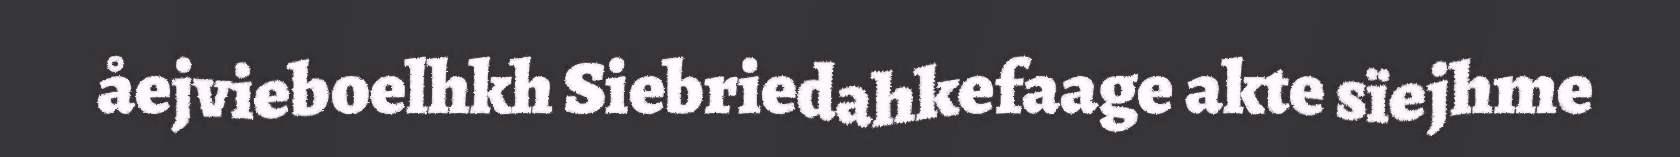
åejvieboelhkh Siebriedahkefaage akte sïejhme